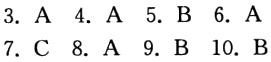
3. A 4. A 5. B 6. A 7. C 8. A 9. B 10. B